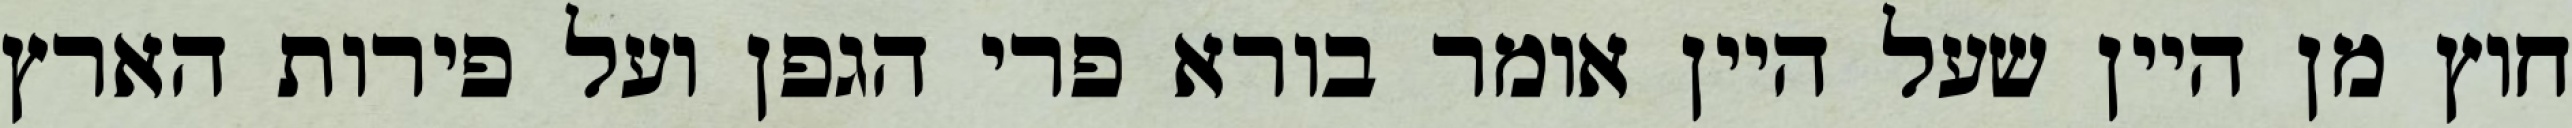
חוץ מן היין שעל היין אומר בורא פרי הגפן ועל פירות הארץ